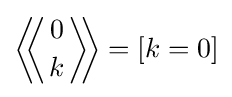
\left\langle \!\!\left\langle {0 \atop k}\right\rangle \!\!\right\rangle =[k=0]